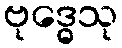
ဗုဒ္ဓေသု